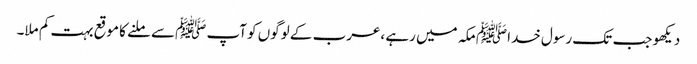
دیکھو جب تک رسول خداﷺ مکہ میں رہے ،عرب کے لوگوں کو آپ ﷺسے ملنے کا موقع بہت کم ملا۔